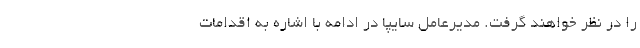
را در نظر خواهند گرفت. مدیرعامل سایپا در ادامه با اشاره به اقدامات